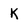
Character: k